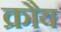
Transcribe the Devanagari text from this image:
क्रौय